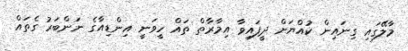
މާލޭގައި ގިނައިން ކުއްޔަށް ދީފައިވާ އިމާރާތް ތައް ހީވަނީ އިންޑިއާގެ ނަންބަރު ގެތައް